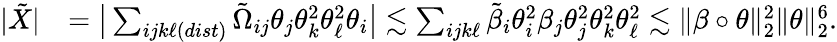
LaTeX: \begin{array}{rl}{|\tilde{X}|}&{=\big|\sum_{ijk\ell(dist)}\tilde{\Omega}_{ij}\theta_{j}\theta_{k}^{2}\theta_{\ell}^{2}\theta_{i}\big|\lesssim\sum_{ijk\ell}\tilde{\beta}_{i}\theta_{i}^{2}\beta_{j}\theta_{j}^{2}\theta_{k}^{2}\theta_{\ell}^{2}\lesssim\| \beta\circ\theta\| _{2}^{2}\| \theta\| _{2}^{6}.}\end{array}